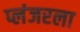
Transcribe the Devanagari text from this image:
प्लंजरला